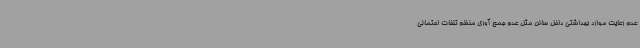
عدم رعایت موارد بهداشتی داخل سالن مثل عدم جمع آوری منظم تلفات احتمالی